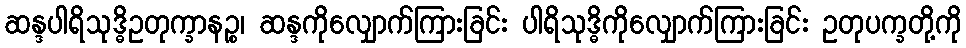
ဆန္ဒပါရိသုဒ္ဓိဥတုက္ခာနဉ္စ၊ ဆန္ဒကိုလျှောက်ကြားခြင်း ပါရိသုဒ္ဓိကိုလျှောက်ကြားခြင်း ဥတုပက္ခတို့ကို